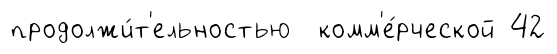
продолжи́т'ельностью комм'е́рческой 42